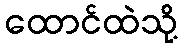
ထောင်ထဲသို့